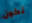
تكون